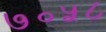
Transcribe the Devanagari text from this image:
७०५८